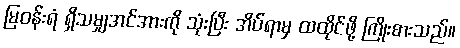
မြဝန်းရံ ရှိသမျှအင်အားကို သုံးပြီး အိပ်ရာမှ ထထိုင်ဖို့ ကြိုးစားသည်။